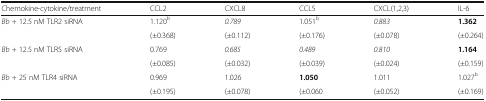
<table><thead><tr><td><b>Chemokine-cytokine/treatment</b></td><td><b>CCL2</b></td><td><b>CXCL8</b></td><td><b>CCL5</b></td><td><b>CXCL(1,2,3)</b></td><td><b>IL-6</b></td></tr></thead><tbody><tr><td rowspan="2"><i>Bb</i> + 12.5 nM TLR2 siRNA</td><td>1.120<sup>b</sup></td><td><i>0.789</i></td><td>1.051<sup>b</sup></td><td><i>0.883</i></td><td><b>1.362</b></td></tr><tr><td>(±0.368)</td><td>(±0.112)</td><td>(±0.176)</td><td>(±0.078)</td><td>(±0.264)</td></tr><tr><td rowspan="2"><i>Bb</i> + 12.5 nM TLR5 siRNA</td><td>0.769</td><td><i>0.685</i></td><td><i>0.489</i></td><td><i>0.810</i></td><td><b>1.164</b></td></tr><tr><td>(±0.085)</td><td>(±0.032)</td><td>(±0.039)</td><td>(±0.024)</td><td>(±0.159)</td></tr><tr><td rowspan="2"><i>Bb</i> + 25 nM TLR4 siRNA</td><td>0.969</td><td>1.026</td><td><b>1.050</b></td><td>1.011</td><td>1.027<sup>b</sup></td></tr><tr><td>(±0.195)</td><td>(±0.078)</td><td>(±0.060</td><td>(±0.052)</td><td>(±0.169)</td></tr></tbody></table>